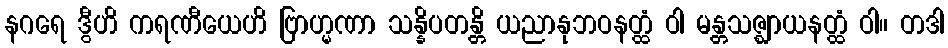
နဂရေ ဒွီဟိ ကရဏီယေဟိ ဗြာဟ္မဏာ သန္နိပတန္တိ ယညာနုဘဝနတ္ထံ ဝါ မန္တသဇ္ဈာယနတ္ထံ ဝါ။ တဒါ